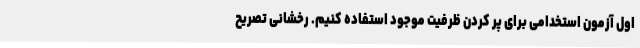
اول آزمون استخدامی برای پر کردن ظرفیت موجود استفاده کنیم. رخشانی تصریح